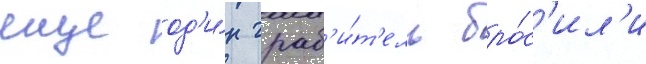
еще од'и́н граб'и́т'ель бро́с'ил'и